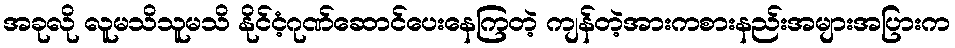
အခုလို လူမသိသူမသိ နိုင်ငံ့ဂုဏ်ဆောင်ပေးနေကြတဲ့ ကျန်တဲ့အားကစားနည်းအများအပြားက